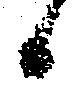
候